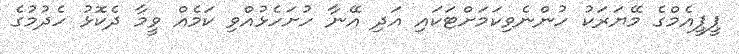
ޕީޕީއެމްގެ މޭޔަރަކު ހުންނެވިކަމަށްޓަކައި އަދި އޭނާ ހުށަހެޅުއްވި ކަމެއް ވީމާ ދެކޮޅު ހެދުމުގެ